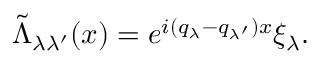
\tilde { \Lambda } _ { \lambda \lambda ^ { \prime } } ( x ) = e ^ { i ( q _ { \lambda } - q _ { \lambda ^ { \prime } } ) x } \xi _ { \lambda } .